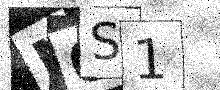
Text: M0S1